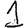
Digit: 1